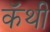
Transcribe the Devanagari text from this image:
कॅथी